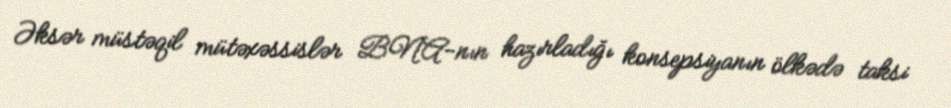
Əksər müstəqil mütəxəssislər BNA-nın hazırladığı konsepsiyanın ölkədə taksi